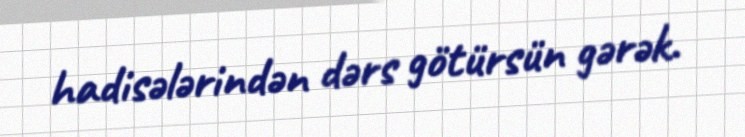
hadisələrindən dərs götürsün gərək.